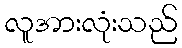
လူအားလုံးသည်